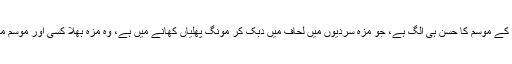
سردیوں کے موسم کا حسن ہی الگ ہے، جو مزہ سردیوں میں لحاف میں دبک کر مونگ پھلیاں کھانے میں ہے، وہ مزہ بھلا کسی اور موسم میں کہاں۔